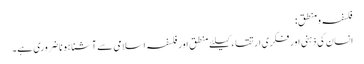
فلسفہ ومنطق:
انسان کی ذہنی اور فکری ارتقاء کیلئے منطق اور فلسفہ اسلامی سے آشنا ہونا ضروری ہے۔